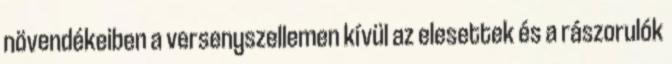
növendékeiben a versenyszellemen kívül az elesettek és a rászorulók